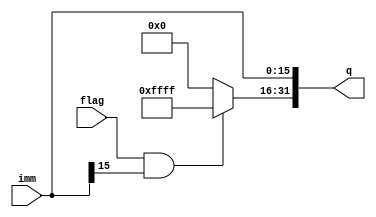
`timescale 1ns / 1ps

module extend(
    input [15:0] imm,//16
    input flag,//
    output [31:0] q//32
    );
    assign q = {flag&&imm[15]?{16{1'b1}}:{16{1'b0}},imm};//flag1110
endmodule